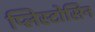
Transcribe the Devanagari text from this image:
प्लिस्टोसिन